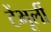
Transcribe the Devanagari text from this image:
टेंभूर्ली